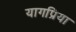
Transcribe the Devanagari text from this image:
यागप्रिया